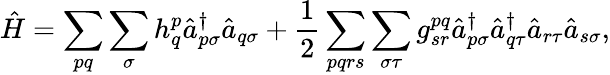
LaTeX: \hat{H}=\sum_{pq}\sum_{\sigma}h_{q}^{p}\hat{a}_{p\sigma}^{\dagger}\hat{a}_{q\sigma}+\frac{1}{2}\sum_{pqrs}\sum_{\sigma\tau}g_{sr}^{pq}\hat{a}_{p\sigma}^{\dagger}\hat{a}_{q\tau}^{\dagger}\hat{a}_{r\tau}\hat{a}_{s\sigma},